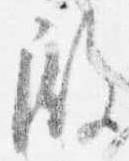
殿